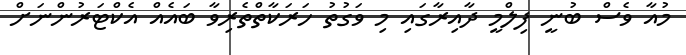
މުއާ ވެސް ބުނީ ފިލްމީ ދާއިރާގައި މި ވަގުތު ހަރަކާތްތެރިވާ ބައެއް އެކްޓަރުންނަށް